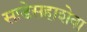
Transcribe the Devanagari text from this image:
साडेसहाशेवा